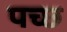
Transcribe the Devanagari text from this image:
पच्छ